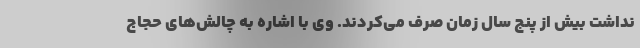
نداشت بیش از پنج سال زمان صرف می‌کردند. وی با اشاره به چالش‌های حجاج